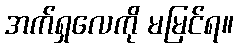
အက်ရှလေကို မမြင်ရ။